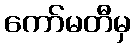
ကော်မတီမှ